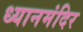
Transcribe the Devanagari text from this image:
ध्यानमंदिर